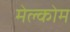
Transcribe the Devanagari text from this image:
मेल्कोम